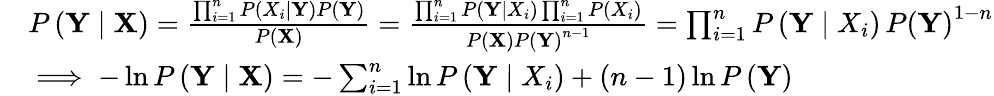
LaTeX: \begin{array}{rl}&{P\left(\mathbf{Y}\mid\mathbf{X}\right)=\frac{\prod_{i=1}^{n}P\left(X_{i}\mid\mathbf{Y}\right)P\left(\mathbf{Y}\right)}{P\left(\mathbf{X}\right)}=\frac{\prod_{i=1}^{n}P\left(\mathbf{Y}\mid X_{i}\right)\prod_{i=1}^{n}P\left(X_{i}\right)}{P\left(\mathbf{X}\right)P\left(\mathbf{Y}\right)^{n-1}}=\prod_{i=1}^{n}P\left(\mathbf{Y}\mid X_{i}\right)\, P\left(\mathbf{Y}\right)^{1-n}}\\ &{\implies-\ln{P\left(\mathbf{Y}\mid\mathbf{X}\right)}=-\sum_{i=1}^{n}\ln{P\left(\mathbf{Y}\mid X_{i}\right)}+(n-1)\ln{P\left(\mathbf{Y}\right)}}\end{array}